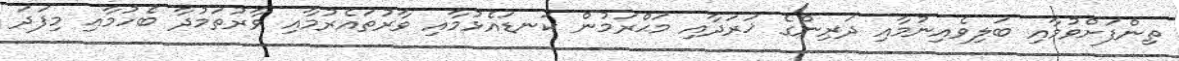
ތިންފަށްވުމާއި ބަލިވެއިނުމާއި ދަރިންގެ ޚަރަދާއި މަޙްރަމުން ކަނޑައެޅުމާއި ވާރުތައެރުމާއި ވާރުތަމުދާ ބެހުމާއި މިފަދަ